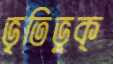
ভৃতিভুক্‌